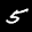
Label: 5